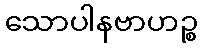
သောပါနဗာဟဉ္စ